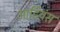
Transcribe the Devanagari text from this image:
आडियंस